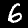
Label: 6